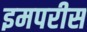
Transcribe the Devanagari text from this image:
इमपरीस